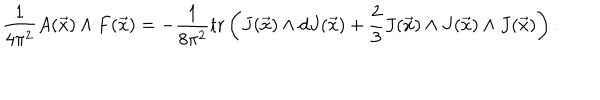
LaTeX: \frac { 1 } { 4 \pi ^ { 2 } } A ( \vec { x } ) \wedge F ( \vec { x } ) = - \frac { 1 } { 8 \pi ^ { 2 } } \mathrm { t r } \left( J ( \vec { x } ) \wedge d J ( \vec { x } ) + \frac { 2 } { 3 } J ( \vec { x } ) \wedge J ( \vec { x } ) \wedge J ( \vec { x } ) \right) .